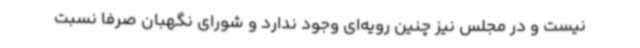
نیست و در مجلس نیز چنین رویه‌ای وجود ندارد و شورای نگهبان صرفا نسبت